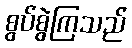
စွပ်စွဲကြသည်